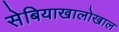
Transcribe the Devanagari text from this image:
सेबियाखालोखाल